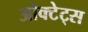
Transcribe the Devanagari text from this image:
ओक्टेट्स